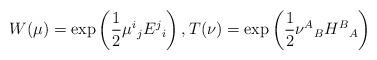
LaTeX: \begin{align*}W(\mu)=\exp\left(\frac{1}{2}\mu^{i}{}_{j}E^{j}{}_{i}\right),T(\nu)=\exp\left(\frac{1}{2}\nu^{A}{}_{B}H^{B}{}_{A}\right)\end{align*}